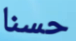
حسنا